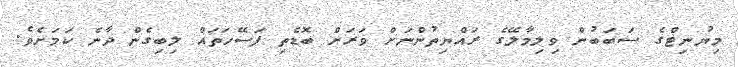
މިޔުނިޓްގެ ސަބަބުން ވިލިމާލޭގެ ރައްޔިތުންނަށް ވަރަށް ބޮޑެތި ފަސޭހަތައް ލިބިގެން ދާނެ ކަމަށެވެ.